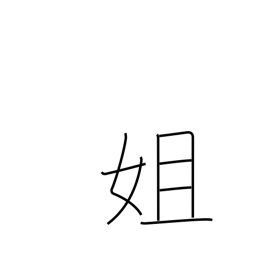
Meaning: elder sister